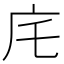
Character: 㡯